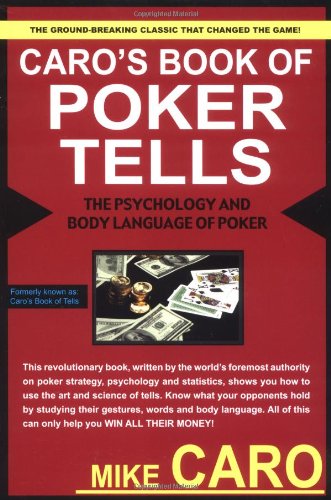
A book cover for Caro's Book of Poker Tells: The Psychology and Body Language of Poker; Mike Caro; Humor & Entertainment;